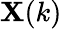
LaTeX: \mathbf{X}(k)